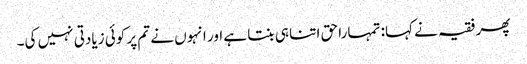
پھر فقیہ نے کہا: تمہارا حق اتنا ہی بنتا ہے اور انہوں نے تم پر کوئی زیادتی نہیں کی۔